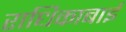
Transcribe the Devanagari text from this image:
राधिकाबाई